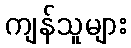
ကျန်သူများ